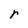
Character: r